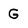
Character: G